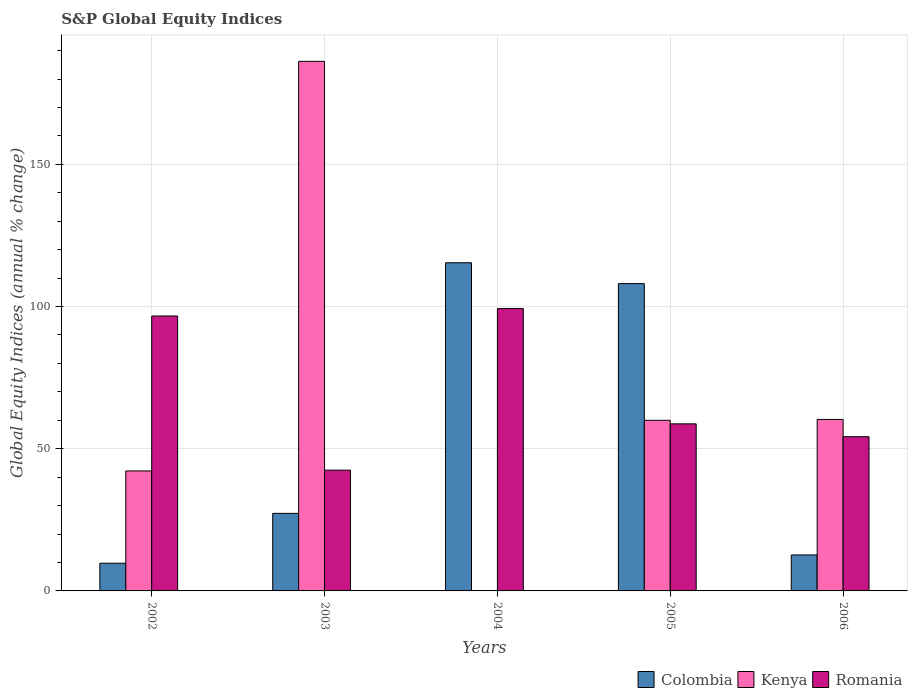
| Years | Colombia | Kenya | Romania |
 | --- | --- | --- | --- |
 | 2002 | 9.73 | 42.2 | 96.7 |
 | 2003 | 27.3 | 186 | 42.5 |
 | 2004 | 115 | -15 | 99.3 |
 | 2005 | 108 | 60 | 58.7 |
 | 2006 | 12.7 | 60.3 | 54.2 |